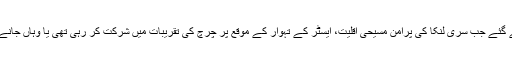
یہ دھماکے اس وقت کیے گئے جب سری لنکا کی پُرامن مسیحی اقلیت، ایسٹر کے تہوار کے موقع پر چرچ کی تقریبات میں شرکت کر رہی تھی یا وہاں جانے کی تیاری کر رہی تھی۔